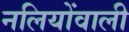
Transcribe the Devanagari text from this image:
नलियोंवाली